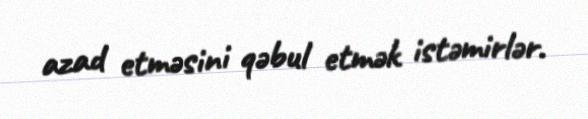
azad etməsini qəbul etmək istəmirlər.